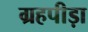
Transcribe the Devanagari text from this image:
ग्रहपीड़ा